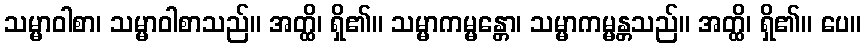
သမ္မာဝါစာ၊ သမ္မာဝါစာသည်။ အတ္ထိ၊ ရှိ၏။ သမ္မာကမ္မန္တော၊ သမ္မာကမ္မန္တသည်။ အတ္ထိ၊ ရှိ၏။ ပေ။